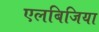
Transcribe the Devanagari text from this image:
एलबिजिया